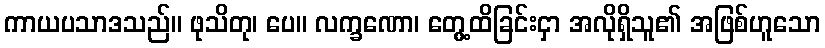
ကာယပသာဒသည်။ ဖုသိတု၊ ပေ။ လက္ခဏော၊ တွေ့ထိခြင်းငှာ အလိုရှိသူ၏ အဖြစ်ဟူသော